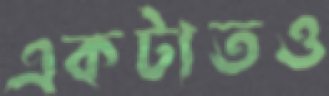
একটাতও